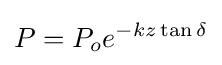
P=P_{o}e^{-kz\tan \delta }